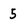
Character: 5